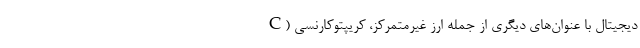
دیجیتال با عنوان‌های دیگری از جمله ارز غیرمتمرکز، کریپتوکارنسی (C